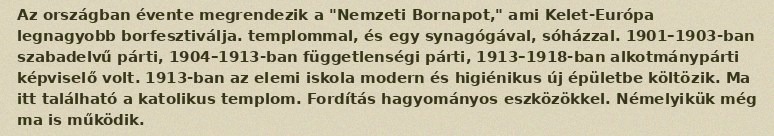
Az országban évente megrendezik a "Nemzeti Bornapot," ami Kelet-Európa legnagyobb borfesztiválja. templommal, és egy synagógával, sóházzal. 1901–1903-ban szabadelvű párti, 1904–1913-ban függetlenségi párti, 1913–1918-ban alkotmánypárti képviselő volt. 1913-ban az elemi iskola modern és higiénikus új épületbe költözik. Ma itt található a katolikus templom. Fordítás hagyományos eszközökkel. Némelyikük még ma is működik.